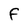
Character: F